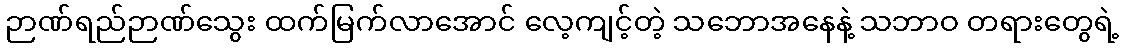
ဉာဏ်ရည်ဉာဏ်သွေး ထက်မြက်လာအောင် လေ့ကျင့်တဲ့ သဘောအနေနဲ့ သဘာဝ တရားတွေရဲ့